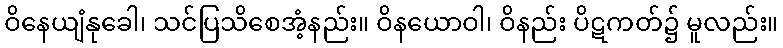
ဝိနေယျံနုခေါ၊ သင်ပြသိစေအံ့နည်း။ ဝိနယောဝါ၊ ဝိနည်း ပိဋကတ်၌ မူလည်း။